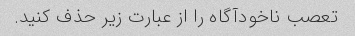
تعصب ناخودآگاه را از عبارت زیر حذف کنید.